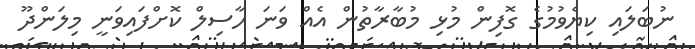
ނުބަލައި ކިޔެވުމުގެ ގޮފިން މުޅި މުބާރާތުން އެއް ވަނަ ހާސިލް ކޮށްފައިވަނީ މިލަންދޫ